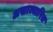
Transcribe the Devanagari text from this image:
अखात्यारित